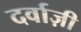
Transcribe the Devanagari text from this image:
दर्वाज़ी